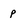
Character: p